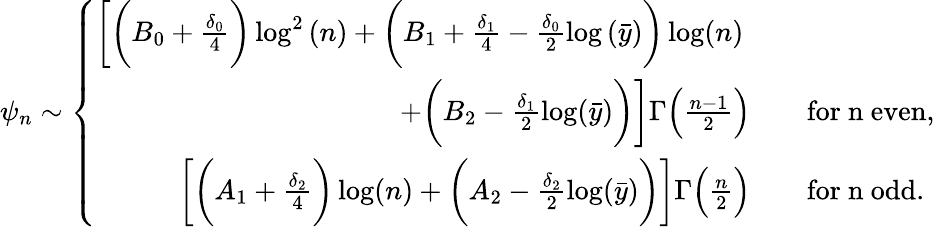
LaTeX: \psi_{n}\sim\left\{ \begin{array}{rl}{\bigg[\bigg(B_{0}+\frac{\delta_{0}}{4}\bigg)\log^{2}{(n)}+\bigg(B_{1}+\frac{\delta_{1}}{4}-\frac{\delta_{0}}{2}\log{(\bar{y})}\bigg)\log(n)\quad~}&{}\\ {+\bigg(B_{2}-\frac{\delta_{1}}{2}\log(\bar{y})\bigg)\bigg]\Gamma\Big(\frac{n-1}{2}\Big)\quad}&{\mathrm{for~n~even},}\\ {\bigg[\bigg(A_{1}+\frac{\delta_{2}}{4}\bigg)\log(n)+\bigg(A_{2}-\frac{\delta_{2}}{2}\log(\bar{y})\bigg)\bigg]\Gamma\Big(\frac{n}{2}\Big)\quad}&{\mathrm{for~n~odd}.}\end{array}\right.